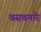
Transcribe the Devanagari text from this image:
वसवनारे